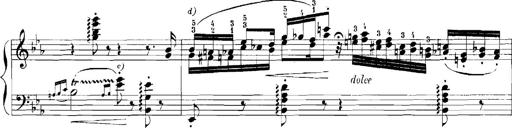
Title: Rhapsodies hongroises
Composer: Franz Liszt